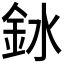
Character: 𫒎